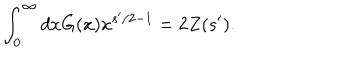
LaTeX: \int _ { 0 } ^ { \infty } d x G ( x ) x ^ { s ^ { \prime } / 2 - 1 } = 2 Z ( s ^ { \prime } ) .